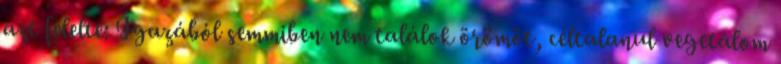
azt felelte: Igazából semmiben nem találok örömöt, céltalanul vegetálom